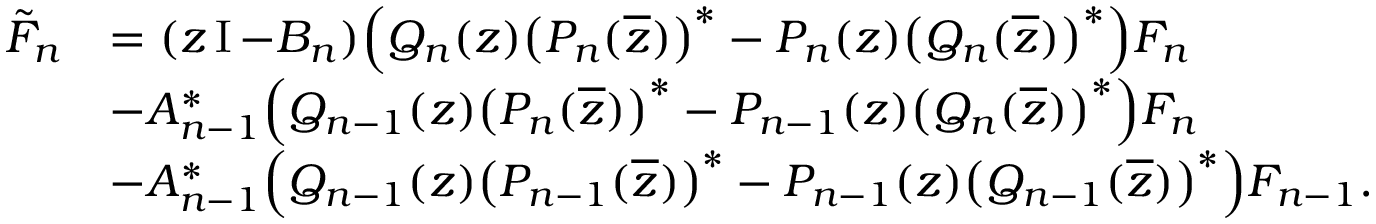
\begin{array} { r l } { \tilde { F } _ { n } } & { = ( z \operatorname { I } - B _ { n } ) \Big ( Q _ { n } ( z ) \big ( P _ { n } ( \overline { { z } } ) \big ) ^ { * } - P _ { n } ( z ) \big ( Q _ { n } ( \overline { { z } } ) \big ) ^ { * } \Big ) F _ { n } } \\ & { - A _ { n - 1 } ^ { * } \Big ( Q _ { n - 1 } ( z ) \big ( P _ { n } ( \overline { { z } } ) \big ) ^ { * } - P _ { n - 1 } ( z ) \big ( Q _ { n } ( \overline { { z } } ) \big ) ^ { * } \Big ) F _ { n } } \\ & { - A _ { n - 1 } ^ { * } \Big ( Q _ { n - 1 } ( z ) \big ( P _ { n - 1 } ( \overline { { z } } ) \big ) ^ { * } - P _ { n - 1 } ( z ) \big ( Q _ { n - 1 } ( \overline { { z } } ) \big ) ^ { * } \Big ) F _ { n - 1 } . } \end{array}